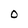
Character: O